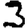
Digit: 3